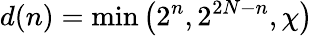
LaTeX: d(n)=\operatorname*{min}\left(2^{n},2^{2N-n},\chi\right)